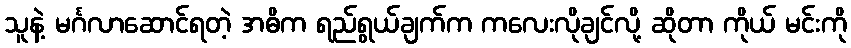
သူနဲ့ မင်္ဂလာဆောင်ရတဲ့ အဓိက ရည်ရွယ်ချက်က ကလေးလိုချင်လို့ ဆိုတာ ကိုယ် မင်းကို